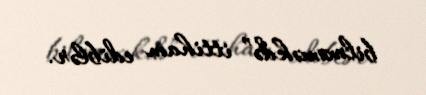
bilməməkdə” ittiham ediblər.